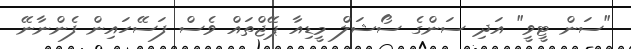
"ސަން ޓީވީ" އަދި ސަންގެ ސޯޝަލް މީޑިއާ ޕޭޖްތައް ވެސް ފަސޭހައިން ފެންނާނޭ